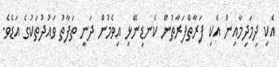
އެކި ދިމަދިމާއިން އެކި ފަރާތްފަރާތުން ކެނޑިނޭޅި އިވެމުން ދަނީ ތަފާތު ވައުދުތަކުގެ އަޑެވެ.